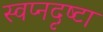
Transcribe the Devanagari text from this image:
स्‍वप्नदृष्‍टा